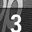
Digit: 3